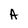
Character: A